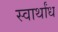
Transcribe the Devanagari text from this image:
स्वार्थांध